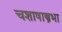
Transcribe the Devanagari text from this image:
चशाषास्त्रभा